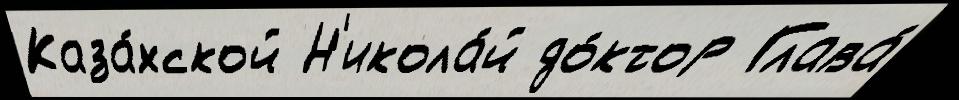
Каза́хской Н'икола́й до́ктор Глава́